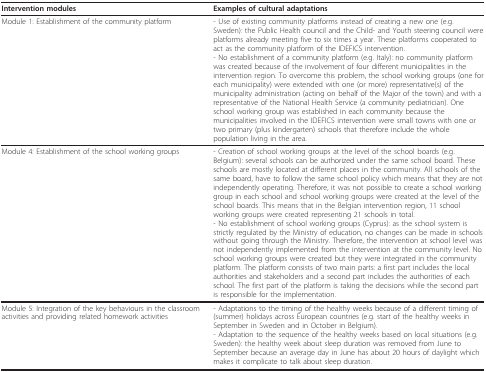
<table><thead><tr><td><b>Intervention modules</b></td><td><b>Examples of cultural adaptations</b></td></tr></thead><tbody><tr><td>Module 1: Establishment of the community platform</td><td>- Use of existing community platforms instead of creating a new one (e.g. Sweden): the Public Health council and the Child- and Youth steering council were platforms already meeting five to six times a year. These platforms cooperated to act as the community platform of the IDEFICS intervention.- No establishment of a community platform (e.g. Italy): no community platform was created because of the involvement of four different municipalities in the intervention region. To overcome this problem, the school working groups (one for each municipality) were extended with one (or more) representative(s) of the municipality administration (acting on behalf of the Major of the town) and with a representative of the National Health Service (a community pediatrician). One school working group was established in each community because the municipalities involved in the IDEFICS intervention were small towns with one or two primary (plus kindergarten) schools that therefore include the whole population living in the area.</td></tr><tr><td>Module 4: Establishment of the school working groups</td><td>- Creation of school working groups at the level of the school boards (e.g. Belgium): several schools can be authorized under the same school board. These schools are mostly located at different places in the community. All schools of the same board, have to follow the same school policy which means that they are not independently operating. Therefore, it was not possible to create a school working group in each school and school working groups were created at the level of the school boards. This means that in the Belgian intervention region, 11 school working groups were created representing 21 schools in total.- No establishment of school working groups (Cyprus): as the school system is strictly regulated by the Ministry of education, no changes can be made in schools without going through the Ministry. Therefore, the intervention at school level was not independently implemented from the intervention at the community level. No school working groups were created but they were integrated in the community platform. The platform consists of two main parts: a first part includes the local authorities and stakeholders and a second part includes the authorities of each school. The first part of the platform is taking the decisions while the second part is responsible for the implementation.</td></tr><tr><td>Module 5: Integration of the key behaviours in the classroom activities and providing related homework activities</td><td>- Adaptations to the timing of the healthy weeks because of a different timing of (summer) holidays across European countries (e.g. start of the healthy weeks in September in Sweden and in October in Belgium).- Adaptation to the sequence of the healthy weeks based on local situations (e.g. Sweden): the healthy week about sleep duration was removed from June to September because an average day in June has about 20 hours of daylight which makes it complicate to talk about sleep duration.</td></tr></tbody></table>